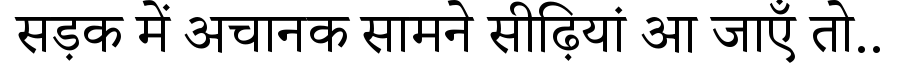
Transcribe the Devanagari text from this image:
सड़क में अचानक सामने सीढ़ियां आ जाएँ तो..